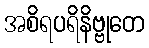
အစိရပရိနိဗ္ဗုတေ